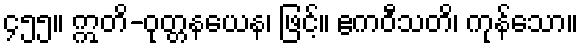
၄၅၅။ ဣတိ-ဝုတ္တနယေန၊ ဖြင့်။ ဧကဝီသတိ၊ ကုန်သော။